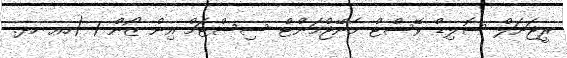
ރީޖަނަލް ސޮލިޑް ވޭސްޓް މެނޭޖްމަންޓް ސިސްޓަމް އިން ޒޯން 1 (ހއ ހދ.